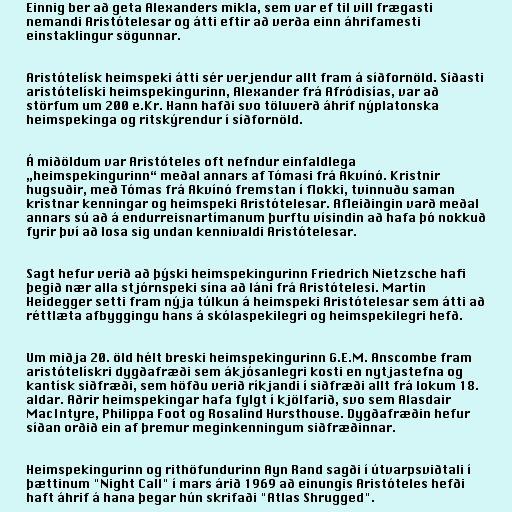
Einnig ber að geta Alexanders mikla, sem var ef til vill frægasti
nemandi Aristótelesar og átti eftir að verða einn áhrifamesti
einstaklingur sögunnar.

Aristótelísk heimspeki átti sér verjendur allt fram á síðfornöld. Síðasti
aristótelíski heimspekingurinn, Alexander frá Afródisías, var að
störfum um 200 e.Kr. Hann hafði svo töluverð áhrif nýplatonska
heimspekinga og ritskýrendur í síðfornöld.

Á miðöldum var Aristóteles oft nefndur einfaldlega
„heimspekingurinn“ meðal annars af Tómasi frá Akvínó. Kristnir
hugsuðir, með Tómas frá Akvínó fremstan í flokki, tvinnuðu saman
kristnar kenningar og heimspeki Aristótelesar. Afleiðingin varð meðal
annars sú að á endurreisnartímanum þurftu vísindin að hafa þó nokkuð
fyrir því að losa sig undan kennivaldi Aristótelesar.

Sagt hefur verið að þýski heimspekingurinn Friedrich Nietzsche hafi
þegið nær alla stjórnspeki sína að láni frá Aristótelesi. Martin
Heidegger setti fram nýja túlkun á heimspeki Aristótelesar sem átti að
réttlæta afbyggingu hans á skólaspekilegri og heimspekilegri hefð.

Um miðja 20. öld hélt breski heimspekingurinn G.E.M. Anscombe fram
aristótelískri dygðafræði sem ákjósanlegri kosti en nytjastefna og
kantísk siðfræði, sem höfðu verið ríkjandi í siðfræði allt frá lokum 18.
aldar. Aðrir heimspekingar hafa fylgt í kjölfarið, svo sem Alasdair
MacIntyre, Philippa Foot og Rosalind Hursthouse. Dygðafræðin hefur
síðan orðið ein af þremur meginkenningum siðfræðinnar.

Heimspekingurinn og rithöfundurinn Ayn Rand sagði í útvarpsviðtali í
þættinum "Night Call" í mars árið 1969 að einungis Aristóteles hefði
haft áhrif á hana þegar hún skrifaði "Atlas Shrugged".